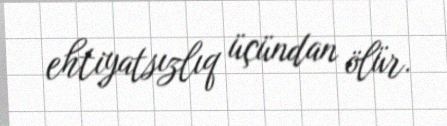
ehtiyatsızlıq üçündan ölür.